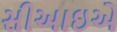
સીઆઇએ